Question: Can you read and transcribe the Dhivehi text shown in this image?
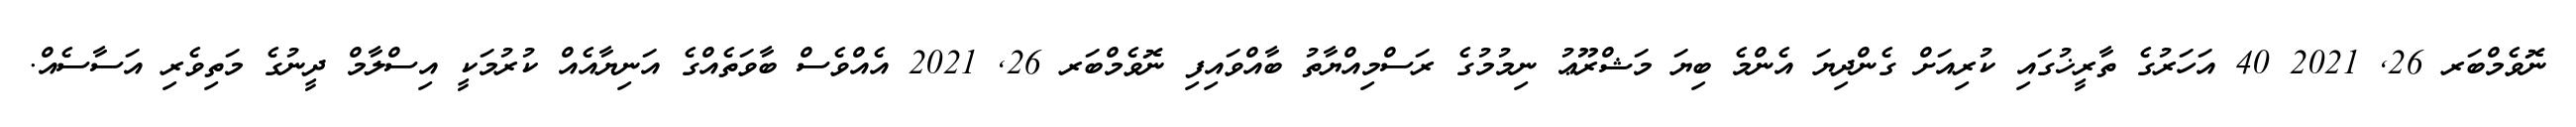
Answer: ނޮވެމްބަރ 26, 2021 40 އަހަރުގެ ތާރީޚުގައި ކުރިއަށް ގެންދިޔަ އެންމެ ބިޔަ މަޝްރޫޢު ނިމުމުގެ ރަސްމިއްޔާތު ބާއްވައިފި ނޮވެމްބަރ 26, 2021 އެއްވެސް ބާވަތެއްގެ އަނިޔާއެއް ކުރުމަކީ އިސްލާމް ދީނުގެ މަތިވެރި އަސާސެއް.